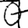
Digit: 7